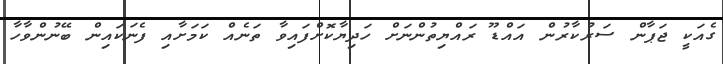
ގެއަކީ ޖަޕާން ސަރުކާރުން އައްޑޫ ރައްޔިތުންނަށް ހަދިޔާކޮށްފައިވާ ތަނެއްް ކަމަށާއި ފެނަކައިން ބޭނުންވާހާ